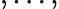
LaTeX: ,\dots,